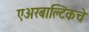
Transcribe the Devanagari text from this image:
एअरबाल्टिकचे